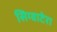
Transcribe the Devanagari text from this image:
सिग्वाटेरा